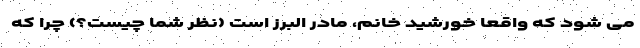
می شود که واقعا خورشید خانم، مادر البرز است (نظر شما چیست؟) چرا که